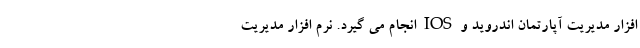
افزار مدیریت آپارتمان اندروید و IOS انجام می گیرد. نرم افزار مدیریت